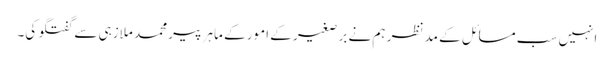
انہیں سب مسائل کے مد نظر ہم نے بر صغیر کے امور کے ماہر پیر محمد ملازہی سے گفتگو کی۔